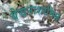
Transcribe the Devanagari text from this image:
बेचनाशामिल